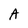
Character: A